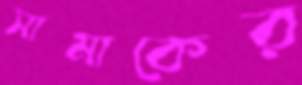
সামাকের